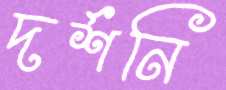
দর্শনি